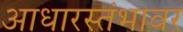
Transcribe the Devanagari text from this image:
आधारस्तंभावर